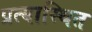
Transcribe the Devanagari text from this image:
प्रत्यास्थित